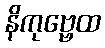
နိကုဗ္ဗေထ